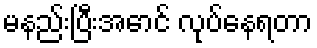
မနည်းပြီးအောင် လုပ်နေရတာ